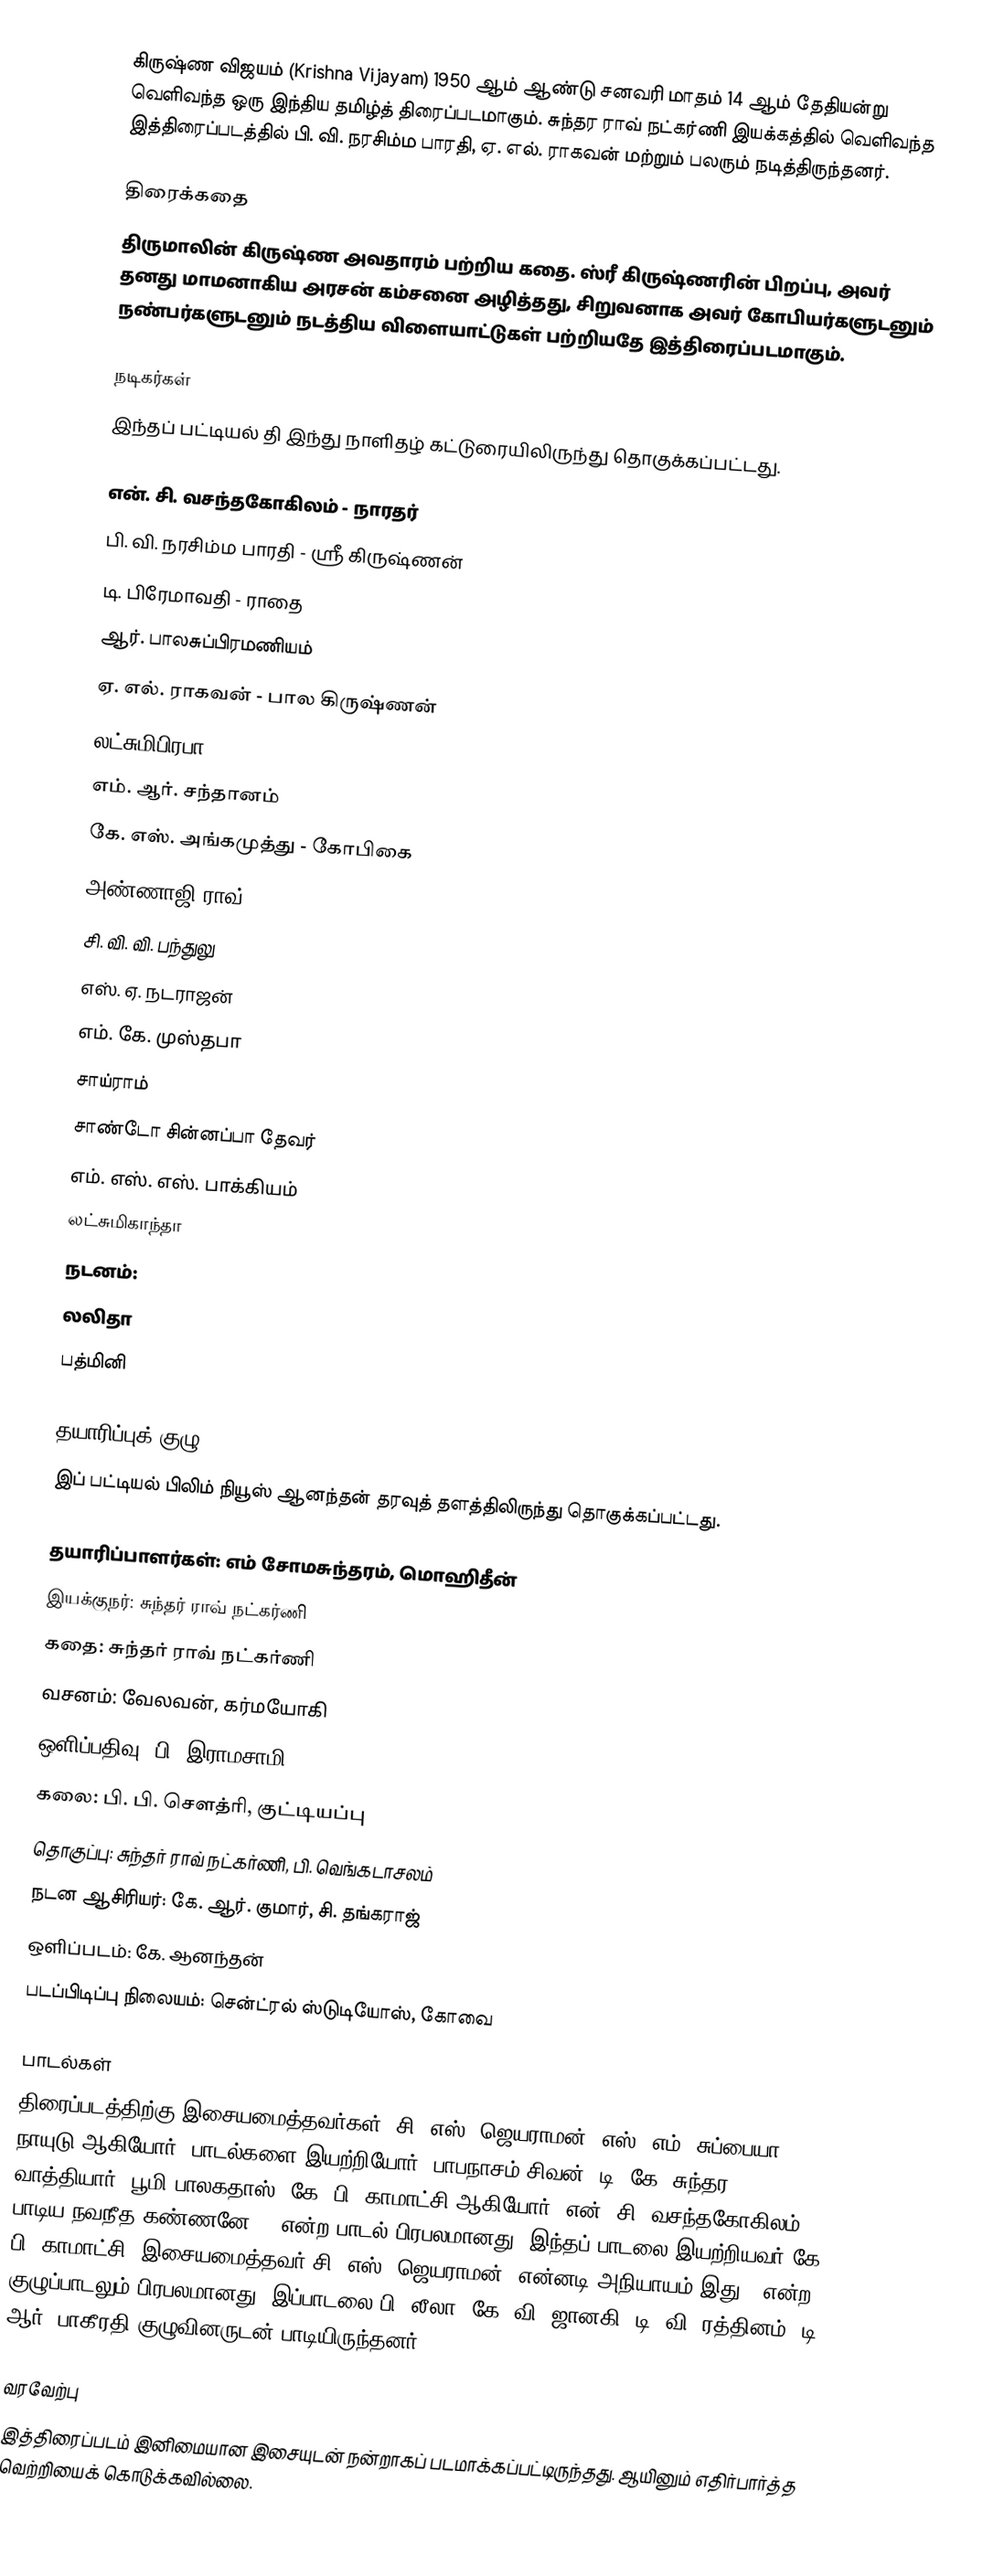
கிருஷ்ண விஜயம்  (Krishna Vijayam)  1950 ஆம் ஆண்டு சனவரி மாதம் 14 ஆம் தேதியன்று வெளிவந்த ஒரு இந்திய தமிழ்த் திரைப்படமாகும். சுந்தர ராவ் நட்கர்ணி இயக்கத்தில் வெளிவந்த இத்திரைப்படத்தில் பி. வி. நரசிம்ம பாரதி, ஏ. எல். ராகவன் மற்றும் பலரும் நடித்திருந்தனர்.

திரைக்கதை
திருமாலின் கிருஷ்ண அவதாரம் பற்றிய கதை. ஸ்ரீ கிருஷ்ணரின் பிறப்பு, அவர் தனது மாமனாகிய அரசன் கம்சனை அழித்தது, சிறுவனாக அவர் கோபியர்களுடனும் நண்பர்களுடனும் நடத்திய விளையாட்டுகள் பற்றியதே இத்திரைப்படமாகும்.

நடிகர்கள்
இந்தப் பட்டியல் தி இந்து நாளிதழ் கட்டுரையிலிருந்து தொகுக்கப்பட்டது.

 என். சி. வசந்தகோகிலம் - நாரதர்
 பி. வி. நரசிம்ம பாரதி - ஸ்ரீ கிருஷ்ணன்
 டி. பிரேமாவதி - ராதை
 ஆர். பாலசுப்பிரமணியம்
 ஏ. எல். ராகவன் - பால கிருஷ்ணன்
 லட்சுமிபிரபா
 எம். ஆர். சந்தானம்
 கே. எஸ். அங்கமுத்து - கோபிகை
 அண்ணாஜி ராவ்
 சி. வி. வி. பந்துலு
 எஸ். ஏ. நடராஜன்
 எம். கே. முஸ்தபா
 சாய்ராம்
 சாண்டோ சின்னப்பா தேவர்
 எம். எஸ். எஸ். பாக்கியம்
 லட்சுமிகாந்தா
நடனம்:
 லலிதா
 பத்மினி

தயாரிப்புக் குழு
இப் பட்டியல் பிலிம் நியூஸ் ஆனந்தன் தரவுத் தளத்திலிருந்து தொகுக்கப்பட்டது.

 தயாரிப்பாளர்கள்: எம் சோமசுந்தரம், மொஹிதீன்
 இயக்குநர்:  சுந்தர் ராவ் நட்கர்ணி
 கதை:  சுந்தர் ராவ் நட்கர்ணி
 வசனம்: வேலவன், கர்மயோகி
 ஒளிப்பதிவு: பி. இராமசாமி
 கலை: பி. பி. சௌத்ரி, குட்டியப்பு
 தொகுப்பு:  சுந்தர் ராவ் நட்கர்ணி, பி. வெங்கடாசலம்
 நடன ஆசிரியர்: கே. ஆர். குமார், சி. தங்கராஜ்
 ஒளிப்படம்: கே. ஆனந்தன்
 படப்பிடிப்பு நிலையம்: சென்ட்ரல் ஸ்டுடியோஸ், கோவை

பாடல்கள்
திரைப்படத்திற்கு இசையமைத்தவர்கள்; சி. எஸ். ஜெயராமன், எஸ். எம். சுப்பையா நாயுடு ஆகியோர். பாடல்களை இயற்றியோர்: பாபநாசம் சிவன், டி. கே. சுந்தர வாத்தியார், பூமி பாலகதாஸ், கே. பி. காமாட்சி ஆகியோர். என். சி. வசந்தகோகிலம் பாடிய நவநீத கண்ணனே .. என்ற பாடல் பிரபலமானது. இந்தப் பாடலை இயற்றியவர் கே. பி. காமாட்சி. இசையமைத்தவர் சி. எஸ். ஜெயராமன். என்னடி அநியாயம் இது.. என்ற குழுப்பாடலும் பிரபலமானது. இப்பாடலை பி. லீலா, கே. வி. ஜானகி, டி. வி. ரத்தினம், டி. ஆர். பாகீரதி குழுவினருடன் பாடியிருந்தனர்.

வரவேற்பு
இத்திரைப்படம் இனிமையான இசையுடன் நன்றாகப் படமாக்கப்பட்டிருந்தது. ஆயினும் எதிர்பார்த்த வெற்றியைக் கொடுக்கவில்லை.